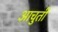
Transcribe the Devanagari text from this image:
आचुती